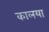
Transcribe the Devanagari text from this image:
कालया